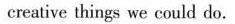
creative things we could do.